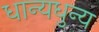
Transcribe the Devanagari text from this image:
धान्यधुन्य